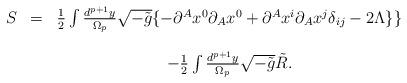
LaTeX: \begin{align*}\begin{array}{ccc}S & = & \frac 12\int \frac{d^{p+1}y}{\Omega _p}\sqrt{-\tilde{g}}\{-\partial^Ax^0\partial _Ax^0+\partial ^Ax^i\partial _Ax^j\delta _{ij}-2\Lambda \}\}\\ & & \\ & & -\frac 12\int \frac{d^{p+1}y}{\Omega _p}\sqrt{-\tilde{g}}\tilde{R}.\end{array}\end{align*}